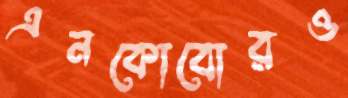
এনকোবোরও